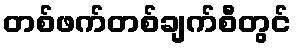
တစ်ဖက်တစ်ချက်စီတွင်